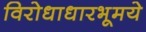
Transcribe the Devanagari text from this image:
विरोधाधारभूमये